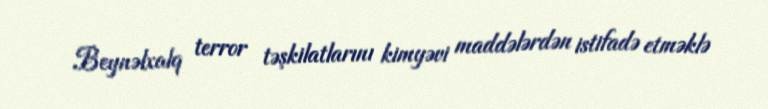
Beynəlxalq terror təşkilatlarını kimyəvi maddələrdən istifadə etməklə